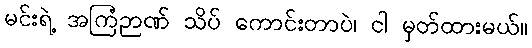
မင်းရဲ့ အကြံဉာဏ် သိပ် ကောင်းတာပဲ၊ ငါ မှတ်ထားမယ်။